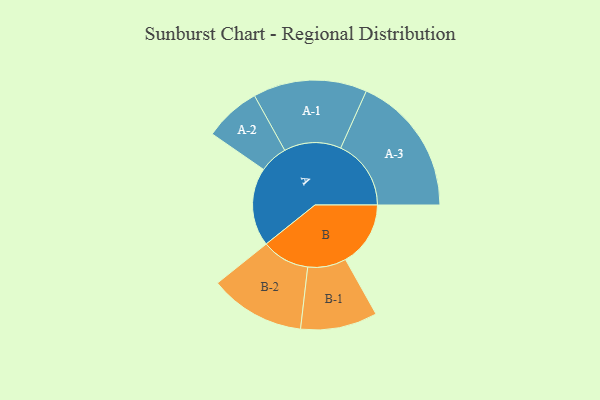
{"axis": {"x": "Segment", "y": "Value"}, "legend": ["", "A", "B"], "data": [{"x": "A", "y": 292, "type": ""}, {"x": "B", "y": 242, "type": ""}, {"x": "A-1", "y": 212, "type": "A"}, {"x": "A-2", "y": 105, "type": "A"}, {"x": "A-3", "y": 262, "type": "A"}, {"x": "B-1", "y": 143, "type": "B"}, {"x": "B-2", "y": 178, "type": "B"}]}